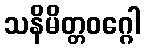
သနိမိတ္တဝဂ္ဂေါ